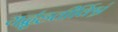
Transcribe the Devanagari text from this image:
यद्बृ॑ह॒तीर्विश्वं॒